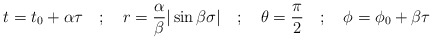
\begin{align*}t= t_{0} + \alpha \tau \quad ; \quad r= \frac{\alpha}{\beta} \vert \sin \beta\sigma \vert \quad ; \quad \theta = \frac{\pi}{2} \quad ; \quad \phi = \phi_{0} +\beta \tau\end{align*}